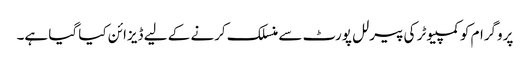
پروگرام کو کمپیوٹر کی پیرلل پورٹ سے منسلک کرنے کے لیے ڈیزائن کیا گیا ہے۔